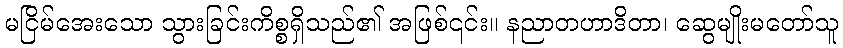
မငြိမ်အေးသော သွားခြင်းကိစ္စရှိသည်၏ အဖြစ်၎င်း။ နညာတဟာဒိတာ၊ ဆွေမျိုးမတော်သူ